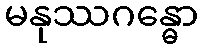
မနုဿဂန္ဓော